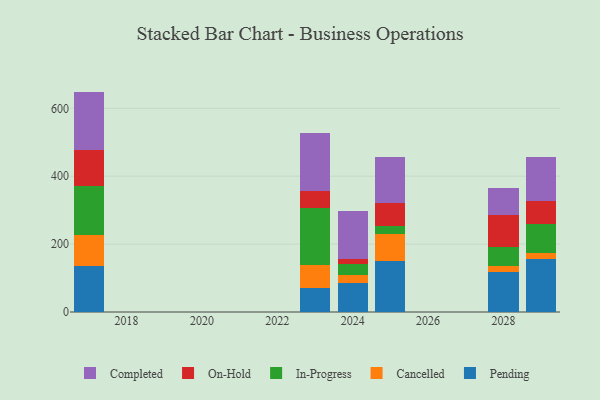
{"axis": {"x": "Year", "y": "Inventory Turnover"}, "legend": ["Cancelled", "Completed", "In-Progress", "On-Hold", "Pending"], "data": [{"x": "2017", "y": 135.7, "type": "Pending"}, {"x": "2017", "y": 90.4, "type": "Cancelled"}, {"x": "2017", "y": 145.5, "type": "In-Progress"}, {"x": "2017", "y": 104.7, "type": "On-Hold"}, {"x": "2017", "y": 172.9, "type": "Completed"}, {"x": "2025", "y": 149.3, "type": "Pending"}, {"x": "2025", "y": 79.6, "type": "Cancelled"}, {"x": "2025", "y": 23.2, "type": "In-Progress"}, {"x": "2025", "y": 69.8, "type": "On-Hold"}, {"x": "2025", "y": 134.7, "type": "Completed"}, {"x": "2023", "y": 70.0, "type": "Pending"}, {"x": "2023", "y": 67.6, "type": "Cancelled"}, {"x": "2023", "y": 169.3, "type": "In-Progress"}, {"x": "2023", "y": 49.0, "type": "On-Hold"}, {"x": "2023", "y": 171.5, "type": "Completed"}, {"x": "2029", "y": 154.8, "type": "Pending"}, {"x": "2029", "y": 17.8, "type": "Cancelled"}, {"x": "2029", "y": 86.4, "type": "In-Progress"}, {"x": "2029", "y": 68.5, "type": "On-Hold"}, {"x": "2029", "y": 128.0, "type": "Completed"}, {"x": "2028", "y": 117.3, "type": "Pending"}, {"x": "2028", "y": 17.5, "type": "Cancelled"}, {"x": "2028", "y": 56.3, "type": "In-Progress"}, {"x": "2028", "y": 94.8, "type": "On-Hold"}, {"x": "2028", "y": 79.4, "type": "Completed"}, {"x": "2024", "y": 86.0, "type": "Pending"}, {"x": "2024", "y": 21.9, "type": "Cancelled"}, {"x": "2024", "y": 33.1, "type": "In-Progress"}, {"x": "2024", "y": 15.9, "type": "On-Hold"}, {"x": "2024", "y": 139.7, "type": "Completed"}]}